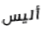
أليس